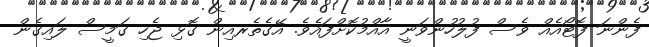
ފެންނަ ފޮޓޯއެއް ވެސް ފުލުހުންވަނީ އާއްމުކޮށްފައެވެ. އޭގެތެރއިން ގޮޅި ޖެހި ގަމީސް ލައިގެން